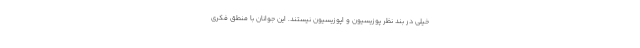
خیلی در بند نظر پوزیسیون و اپوزیسیون نیستند. این جوانان با منطق فکری